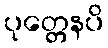
ပုတ္တေနပိ